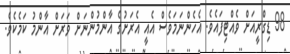
98 ޑިގްރީއަށް ވެއްޓިފައެވެ. އެހެންނަމަވެސް އެއީ އެރަށުގެ އާންމުންނަށް ވަރަށް އާންމު ކަމެކެވެ.